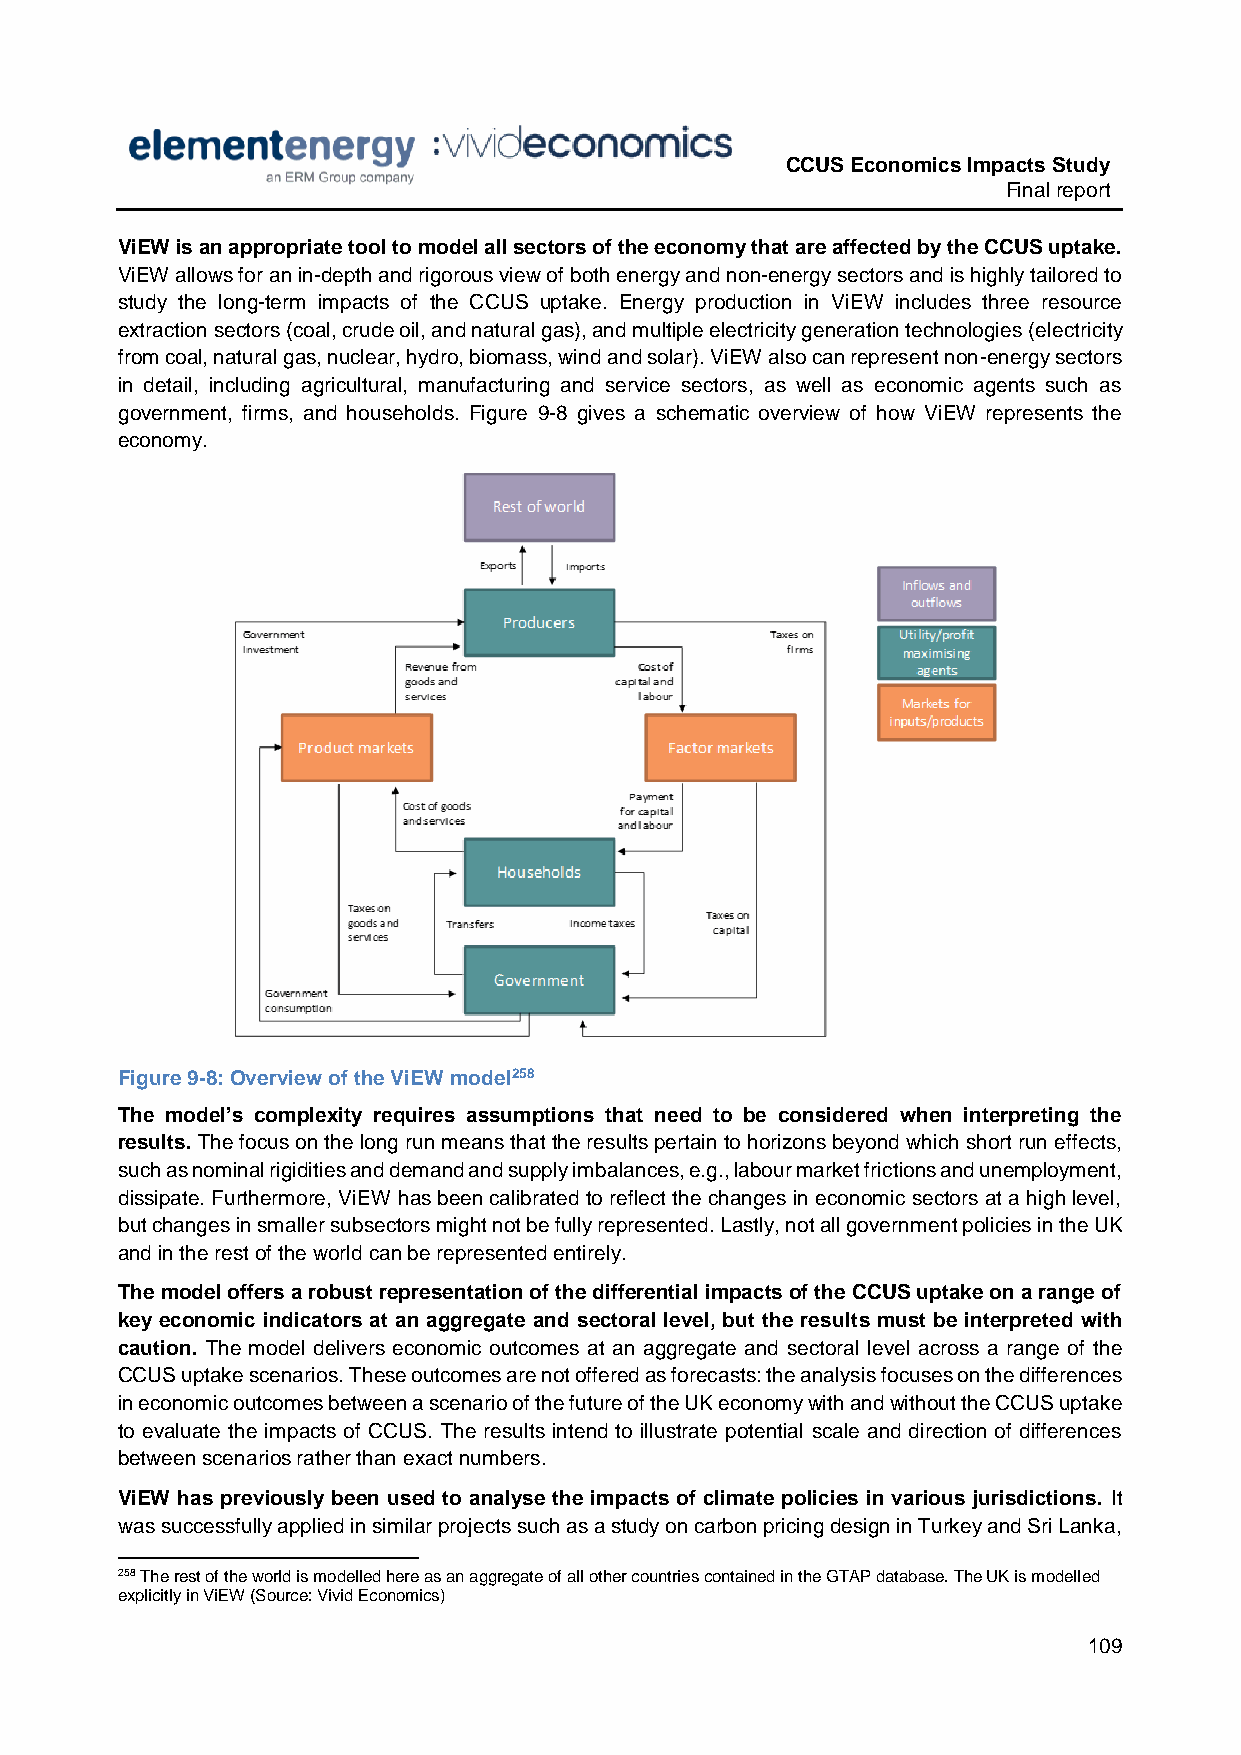
CCUS Economics Impacts Study
 Final report
 ViEW is an appropriate tool to model all sectors of the economy that are affected by the CCUS uptake.
 ViEW allows for an in-depth and rigorous view of both energy and non-energy sectors and is highly tailored to
 study the long-term impacts of the CCUS uptake. Energy production in ViEW includes three resource
 extraction sectors (coal, crude oil, and natural gas), and multiple electricity generation technologies (electricity
 from coal, natural gas, nuclear, hydro, biomass, wind and solar). ViEW also can represent non-energy sectors
 in detail, including agricultural, manufacturing and service sectors, as well as economic agents such as
 government, firms, and households. Figure 9-8 gives a schematic overview of how ViEW represents the
 economy.
 Figure 9-8: Overview of the ViEW model258
 The model’s complexity requires assumptions that need to be considered when interpreting the
 results. The focus on the long run means that the results pertain to horizons beyond which short run effects,
 such as nominal rigidities and demand and supply imbalances, e.g., labour market frictions and unemployment,
 dissipate. Furthermore, ViEW has been calibrated to reflect the changes in economic sectors at a high level,
 but changes in smaller subsectors might not be fully represented. Lastly, not all government policies in the UK
 and in the rest of the world can be represented entirely.
 The model offers a robust representation of the differential impacts of the CCUS uptake on a range of
 key economic indicators at an aggregate and sectoral level, but the results must be interpreted with
 caution. The model delivers economic outcomes at an aggregate and sectoral level across a range of the
 CCUS uptake scenarios. These outcomes are not offered as forecasts: the analysis focuses on the differences
 in economic outcomes between a scenario of the future of the UK economy with and without the CCUS uptake
 to evaluate the impacts of CCUS. The results intend to illustrate potential scale and direction of differences
 between scenarios rather than exact numbers.
 ViEW has previously been used to analyse the impacts of climate policies in various jurisdictions. It
 was successfully applied in similar projects such as a study on carbon pricing design in Turkey and Sri Lanka,
 258 The rest of the world is modelled here as an aggregate of all other countries contained in the GTAP database. The UK is modelled
 explicitly in ViEW (Source: Vivid Economics)
 109